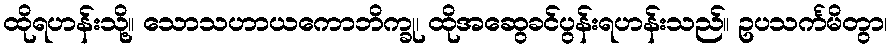
ထိုရဟန်းသို့။ သောသဟာယကောဘိက္ခု၊ ထိုအဆွေခင်ပွန်းရဟန်းသည်။ ဥပသင်္ကမိတွာ၊